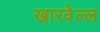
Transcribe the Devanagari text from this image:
खारवेल्ल